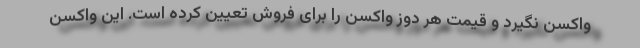
واکسن نگیرد و قیمت هر دوز واکسن را برای فروش تعیین کرده است. این واکسن